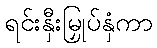
ရင်းနှီးမြှုပ်နှံကာ